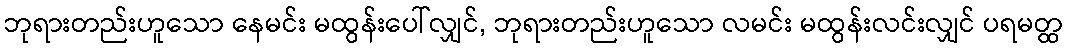
ဘုရားတည်းဟူသော နေမင်း မထွန်းပေါ်လျှင်, ဘုရားတည်းဟူသော လမင်း မထွန်းလင်းလျှင် ပရမတ္ထ